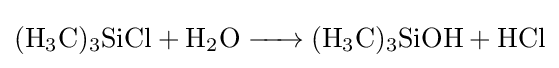
{\ce {(H3C)3SiCl + H2O -> (H3C)3SiOH + HCl}}